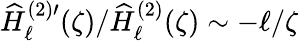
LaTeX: \widehat{H}_{\ell}^{(2)\prime}(\zeta)/\widehat{H}_{\ell}^{(2)}(\zeta)\sim-\ell/\zeta